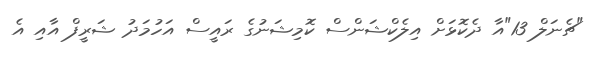
"ޗެނަލް 13"އާ ދެކޮޅަށް އިލެކްޝަންސް ކޮމިޝަނުގެ ރައީސް އަހުމަދު ޝަރީފް އާއި އެ